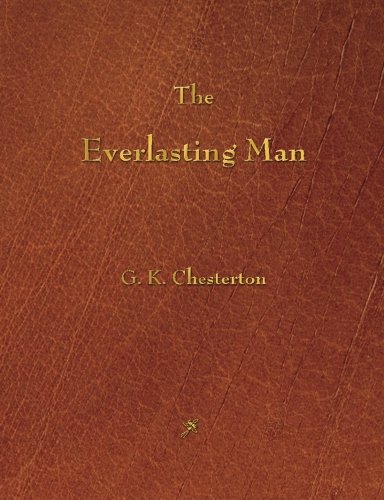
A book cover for The Everlasting Man; G. K. Chesterton; Religion & Spirituality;